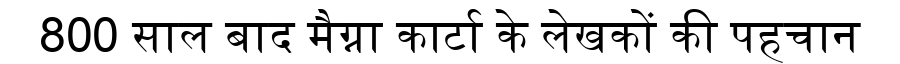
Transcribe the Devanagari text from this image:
800 साल बाद मैग्ना कार्टा के लेखकों की पहचान